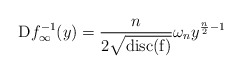
\begin{align*}\mathrm{D}f_\infty^{-1}(y)=\frac{n}{2\sqrt{\mathrm{disc(f)}}}\omega_ny^{\frac{n}{2}-1}\end{align*}